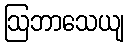
ဩဘာသေယျ